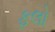
ફલો